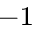
^ { - 1 }